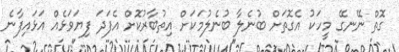
ގޮތް ނޭނގޭ މީހަކު އެގޮތަށް ބުނެލާ ބުނެލުމަކަށް އިތުބާރުކޮށް އެފަދަ ފިޔަވަޅެއް އަޅައިފާނެ